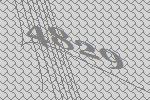
4829